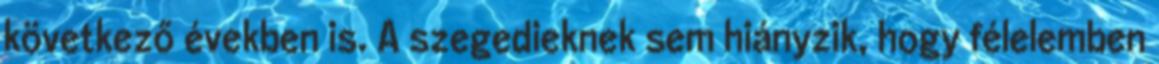
következő években is. A szegedieknek sem hiányzik, hogy félelemben